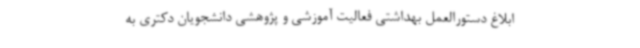
ابلاغ دستورالعمل بهداشتی فعالیت‌ آموزشی و پژوهشی دانشجویان دکتری به